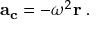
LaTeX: \mathbf { a _ { c } } = - \omega ^ { 2 } \mathbf { r } \; .